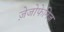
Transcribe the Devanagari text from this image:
ज़ेजोफेनिज